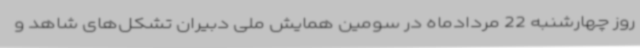
روز چهارشنبه 22 مردادماه در سومین همایش ملی دبیران تشکل‌های شاهد و